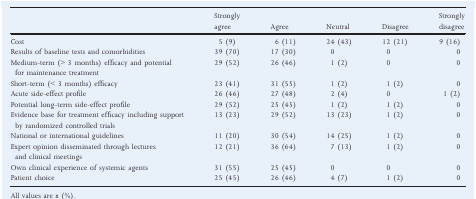
<table><thead><tr><td></td><td><b>Strongly agree</b></td><td><b>Agree</b></td><td><b>Neutral</b></td><td><b>Disagree</b></td><td><b>Strongly disagree</b></td></tr></thead><tbody><tr><td>Cost</td><td>5 (9)</td><td>6 (11)</td><td>24 (43)</td><td>12 (21)</td><td>9 (16)</td></tr><tr><td>Results of baseline tests and comorbidities</td><td>39 (70)</td><td>17 (30)</td><td>0</td><td>0</td><td>0</td></tr><tr><td>Medium‐term (&gt; 3 months) efficacy and potential for maintenance treatment</td><td>29 (52)</td><td>26 (46)</td><td>1 (2)</td><td>0</td><td>0</td></tr><tr><td>Short‐term (&lt; 3 months) efficacy</td><td>23 (41)</td><td>31 (55)</td><td>1 (2)</td><td>1 (2)</td><td>0</td></tr><tr><td>Acute side‐effect profile</td><td>26 (46)</td><td>27 (48)</td><td>2 (4)</td><td>0</td><td>1 (2)</td></tr><tr><td>Potential long‐term side‐effect profile</td><td>29 (52)</td><td>25 (45)</td><td>1 (2)</td><td>1 (2)</td><td>0</td></tr><tr><td>Evidence base for treatment efficacy including support by randomized controlled trials</td><td>13 (23)</td><td>29 (52)</td><td>13 (23)</td><td>1 (2)</td><td>0</td></tr><tr><td>National or international guidelines</td><td>11 (20)</td><td>30 (54)</td><td>14 (25)</td><td>1 (2)</td><td>0</td></tr><tr><td>Expert opinion disseminated through lectures and clinical meetings</td><td>12 (21)</td><td>36 (64)</td><td>7 (13)</td><td>1 (2)</td><td>0</td></tr><tr><td>Own clinical experience of systemic agents</td><td>31 (55)</td><td>25 (45)</td><td>0</td><td>0</td><td>0</td></tr><tr><td>Patient choice</td><td>25 (45)</td><td>26 (46)</td><td>4 (7)</td><td>1 (2)</td><td>0</td></tr></tbody></table>